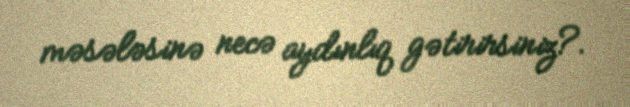
məsələsinə necə aydınlıq gətirirsiniz?.